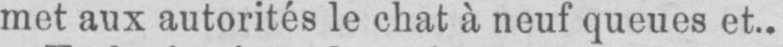
met aux autorités le chat à neuf queues et..